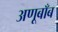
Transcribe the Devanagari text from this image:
अणूबाँब